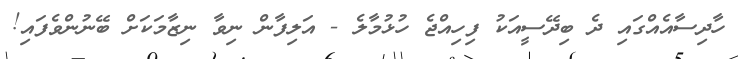
ހާދިސާއެއްގައި ދެ ބިދޭސީއަކު ފިހިއްޖެ ހުޅުމާލެ - އަލިފާން ނިވާ ނިޒާމަކަށް ބޭނުންވެފައި!